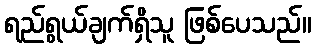
ရည်ရွယ်ချက်ရှိသူ ဖြစ်ပေသည်။